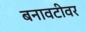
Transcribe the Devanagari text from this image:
बनावटीवर